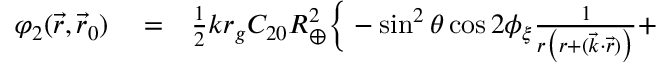
\begin{array} { r l r } { \varphi _ { 2 } ( \vec { r } , \vec { r } _ { 0 } ) } & { { } = } & { { \textstyle \frac { 1 } { 2 } } k r _ { g } C _ { 2 0 } R _ { \oplus } ^ { 2 } \Big \{ - \sin ^ { 2 } \theta \cos 2 \phi _ { \xi } \frac { 1 } { r \big ( r + ( { \vec { k } } \cdot { \vec { r } } ) \big ) } + } \end{array}